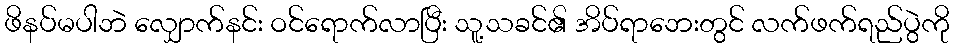
ဖိနပ်မပါဘဲ လျှောက်နင်း ဝင်ရောက်လာပြီး သူ့သခင်၏ အိပ်ရာဘေးတွင် လက်ဖက်ရည်ပွဲကို